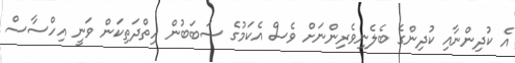
އެ ކުދިންނާއި ކުދިންގެ ބެލެނިވެރިންނަށް ވެސް އެކަމުގެ ސަބަބުން ހިތްދަތިކަން ވަނީ އިހްސާސް